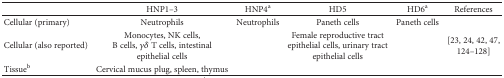
<table><thead><tr><td></td><td><b>HNP1–3</b></td><td><b>HNP4<sup>a</sup></b></td><td><b>HD5</b></td><td><b>HD6<sup>a</sup></b></td><td><b>References</b></td></tr></thead><tbody><tr><td>Cellular (primary)</td><td>Neutrophils</td><td>Neutrophils</td><td>Paneth cells</td><td>Paneth cells</td><td rowspan="3">[23, 24, 42, 47, 124–128]</td></tr><tr><td>Cellular (also reported)</td><td>Monocytes, NK cells, B cells, <i>γδ</i> T cells, intestinal epithelial cells</td><td></td><td>Female reproductive tract epithelial cells, urinary tract epithelial cells</td><td></td></tr><tr><td>Tissue<sup>b</sup></td><td>Cervical mucus plug, spleen, thymus</td><td></td><td></td><td></td></tr></tbody></table>